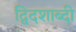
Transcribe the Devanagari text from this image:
द्विदशाब्दी